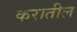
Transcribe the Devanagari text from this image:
करातील